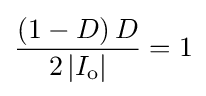
{\frac {\left(1-D\right)D}{2\left|I_{\text{o}}\right|}}=1